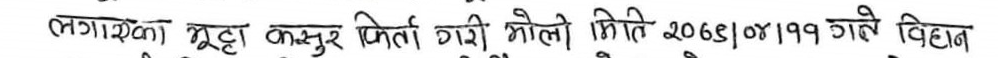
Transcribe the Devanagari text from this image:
लगाएको भूट्ठा कसुकर फिल्ने गरी भोली मिति २०६९।०४।१९ गते बिहान